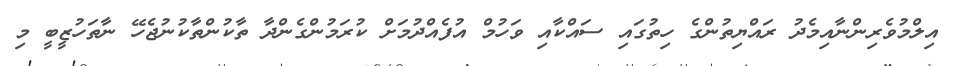
އިލްމުވެރިންނާއިމެދު ރައްޔިތުންގެ ހިތުގައި ސައްކާއި ވަހުމް އުފެއްދުމަށް ކުރަމުންގެންދާ ތާކުންތާކުނުޖެހޭ ނާތަހުޒީބީ މި